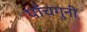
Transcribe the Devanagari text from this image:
पाँचगुनी